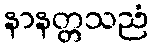
နာနတ္တသညံ